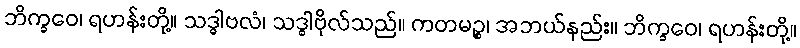
ဘိက္ခဝေ၊ ရဟန်းတို့။ သဒ္ဓါဗလံ၊ သဒ္ဓါဗိုလ်သည်။ ကတမဉ္စ၊ အဘယ်နည်း။ ဘိက္ခဝေ၊ ရဟန်းတို့။